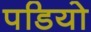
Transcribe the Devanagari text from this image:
पडियो